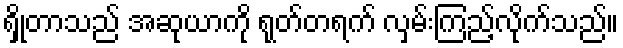
ရှိုတာသည် အဆုယာကို ရုတ်တရက် လှမ်းကြည့်လိုက်သည်။